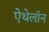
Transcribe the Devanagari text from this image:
ऐथेलॉन